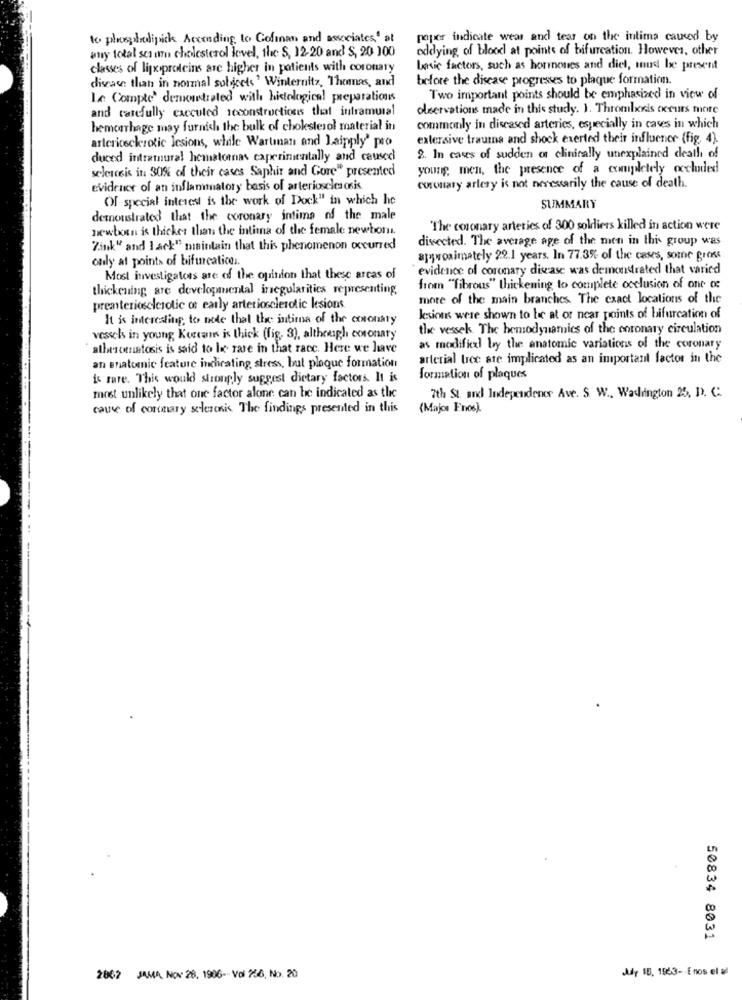
to plusbralipick According to Gofinan and associates,' at
paper indicate wear and tear on the intima caused by
eddying of blood at points of bifurcation. However, other
any total scanu cholesterol level, the S, 12-20 and S, 20 100
classes of lipoproteins are higher in patients with coronary
basic factors, such as hormones and diet, mud be present
disease than in normal subjects ' Winternitz, Thomas, and
before the disease progresses to plaque formation.
Le Compte' demonstrated with histological preparations
Two important points should be emphasized in view of
and carefully caccuted scconstructions that intramural
observations made in this study. J. Thromlxxis occurs more
hemorrhage may furnish the bulk of cholesterol material in
commonly in diseased arteries, especially in cases in which
arteriosclerotic lesions, while Warumnan and Laipply' pro
extersive trauma and shock exerted their influence (fig. 4).
duced intramural hematomas caperimentally and causeci
2. In cases of sudden of clinically unexplained death of
seleresis in 30% of their cases Saphir and Gore" presented
young, men, the presence of a completely occluded
evidence of an inflammatory basis of arteriosclerosis
coronary artery is not necessarily the cause of death.
Of special interest is the work of Dock" in which he
SUMMARY
demonstrated that the coronary intima of the male
newborn is thicker than the intima of the female newborn.
"The coronary arteries of 300 soldiers killed in action were
dissected. The average age of the men in this group was
Zink" and Lack" maintain that this phenomenon occurred
only at points of bifurcatice ..
approximately 20.1 years. In 77.3% of the cases, some Gick
evidence of coronary disease was demonstrated that varied
Most investigators are of the opinion that these arcas of
thickening are developmental inegularities representing,
from "fibrous" thickening to complete occlusion of one o:
more of the main branches. The exact locations of the
preatericeclesolic of early arteriosclerolic ksions
It is interesting to nede that the intima of the coronary
lesions were shown to be at or near points of bifurcation of
the vessek. The hemodynamics of the entonary circulation
vessels in young Korean is thick (fig. 3), although coronary
athescenatosis is said to lo rare in that racc. Here we have
as modificxl by the anatomic variations of the coronary
arterial tree are implicated as an important factor in the
an enatomic feature indicating stress, but plaque formation
is rare. This would strongly suggest dietary factors. It is
formation of plaques
most unlikely that one factor alone can be indicated as the
7th St and Independence Ave. S. W ., Wadington 25, D. C.
cause of coronary selezenis The findings presented in this
(Major Enos).
50834 8031
Ady 18, 1963- E nos el al
2862 JAMA, NOV 28, 1906 -- Vol 256, No. 20